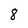
Character: 8